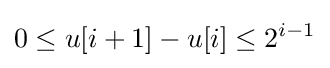
0\leq u[i+1]-u[i]\leq 2^{i-1}